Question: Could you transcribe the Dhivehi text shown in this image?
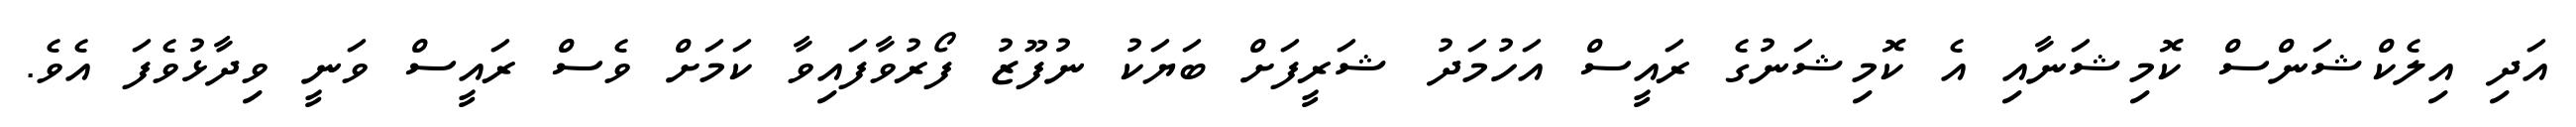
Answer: އަދި އިލެކްޝަންސް ކޮމިޝަނާއި އެ ކޮމިޝަނުގެ ރައީސް އަހުމަދު ޝަރީފަށް ބަޔަކު ނުފޫޒު ފޯރުވާފައިވާ ކަމަށް ވެސް ރައީސް ވަނީ ވިދާޅުވެފަ އެވެ.